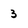
Character: 3